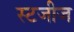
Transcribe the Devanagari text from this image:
स्टजीज